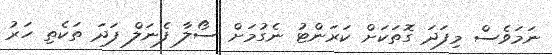
ނަމަވެެސް މިފަދަ ގޮތަކަށް ކަރަންޓު ނެގުމަށް ސޯލާ ފެނަލް ފަދަ ތަކެތި ހަރު